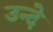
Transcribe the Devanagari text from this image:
उन्दे